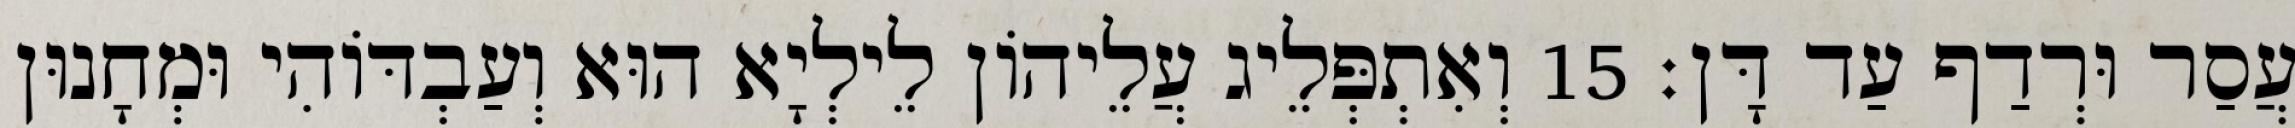
עֲסַר וּרְדַף עַד דָּן׃ 15 וְאִתְפְּלֵיג עֲלֵיהוֹן לֵילְיָא הוּא וְעַבְדּוֹהִי וּמְחָנוּן